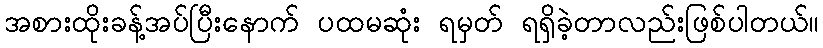
အစားထိုးခန့်အပ်ပြီးနောက် ပထမဆုံး ရမှတ် ရရှိခဲ့တာလည်းဖြစ်ပါတယ်။